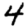
Digit: 4